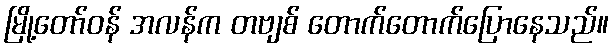
မြို့တော်ဝန် အလန်က တဗျစ် တောက်တောက်ပြောနေသည်။